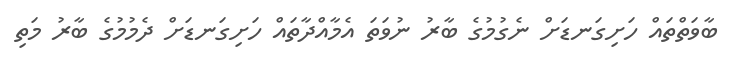
ބާވަތްތައް ހަށިގަނޑަށް ނެގުމުގެ ބާރު ނުވަތަ އެމާއްދާތައް ހަށިގަނޑަށް ދެމުމުގެ ބާރު މަތި